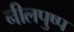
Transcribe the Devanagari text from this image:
नीलपुष्प